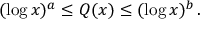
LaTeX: ( \log x ) ^ { a } \leq Q ( x ) \leq ( \log x ) ^ { b } \, .